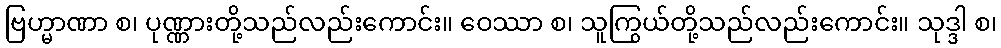
ဗြဟ္မာဏာ စ၊ ပုဏ္ဏားတို့သည်လည်းကောင်း။ ဝေဿာ စ၊ သူကြွယ်တို့သည်လည်းကောင်း။ သုဒ္ဒါ စ၊